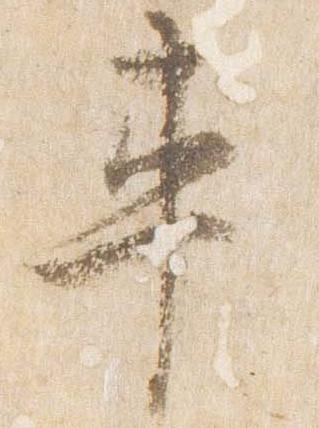
車